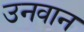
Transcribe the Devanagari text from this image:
उनवान